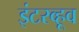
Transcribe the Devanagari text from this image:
इंटरव्हूव